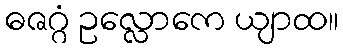
ဓဇဂ္ဂံ ဥလ္လောကေ ယျာထ။